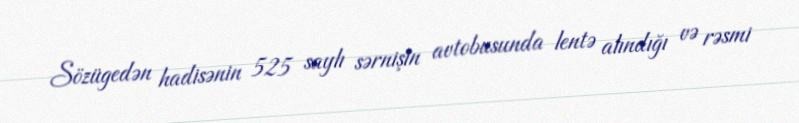
Sözügedən hadisənin 525 saylı sərnişin avtobusunda lentə alındığı və rəsmi